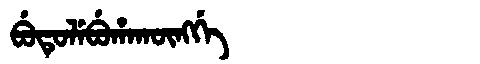
Manchu: ᠪᡠᡨᡠᠯᡝᠪᡠᡥᠠᡴᡡᠩᡤᡝ
Romanization: BUTULEBUHAKŪNGGE